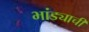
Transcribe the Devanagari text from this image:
भांड्याची